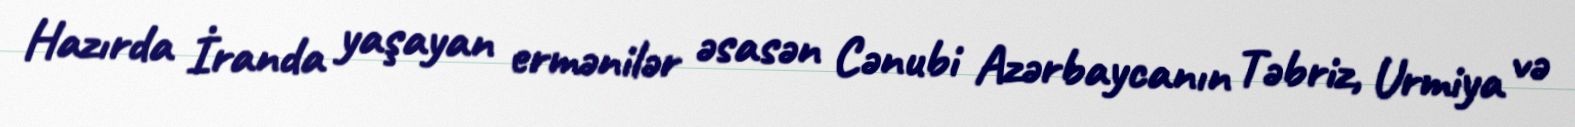
Hazırda İranda yaşayan ermənilər əsasən Cənubi Azərbaycanın Təbriz, Urmiya və